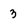
Character: 3